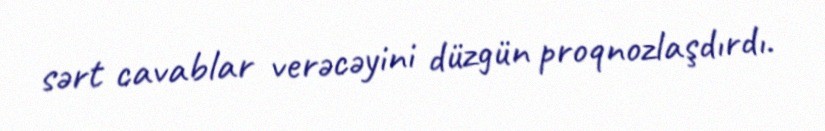
sərt cavablar verəcəyini düzgün proqnozlaşdırdı.